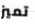
تميز